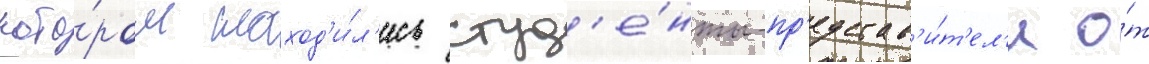
кото́ром наход'и́л'ись студ'е́нты-пр'едстав'и́т'ел'и о́т